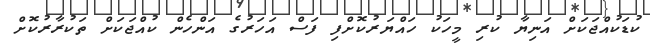
ކުޑަކުއްޖަކަށް އަނިޔާ ކުރި މީހަކު ހައްޔަރުކޮށްފި ފަސް އަހަރުގެ އަންހެން ކުއްޖަކަށް ތަކުރާރުކޮށް